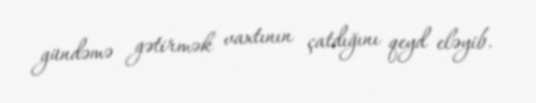
gündəmə gətirmək vaxtının çatdığını qeyd eləyib.